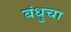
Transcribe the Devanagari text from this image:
बंधुचा